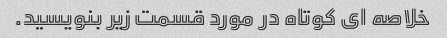
خلاصه ای کوتاه در مورد قسمت زیر بنویسید.